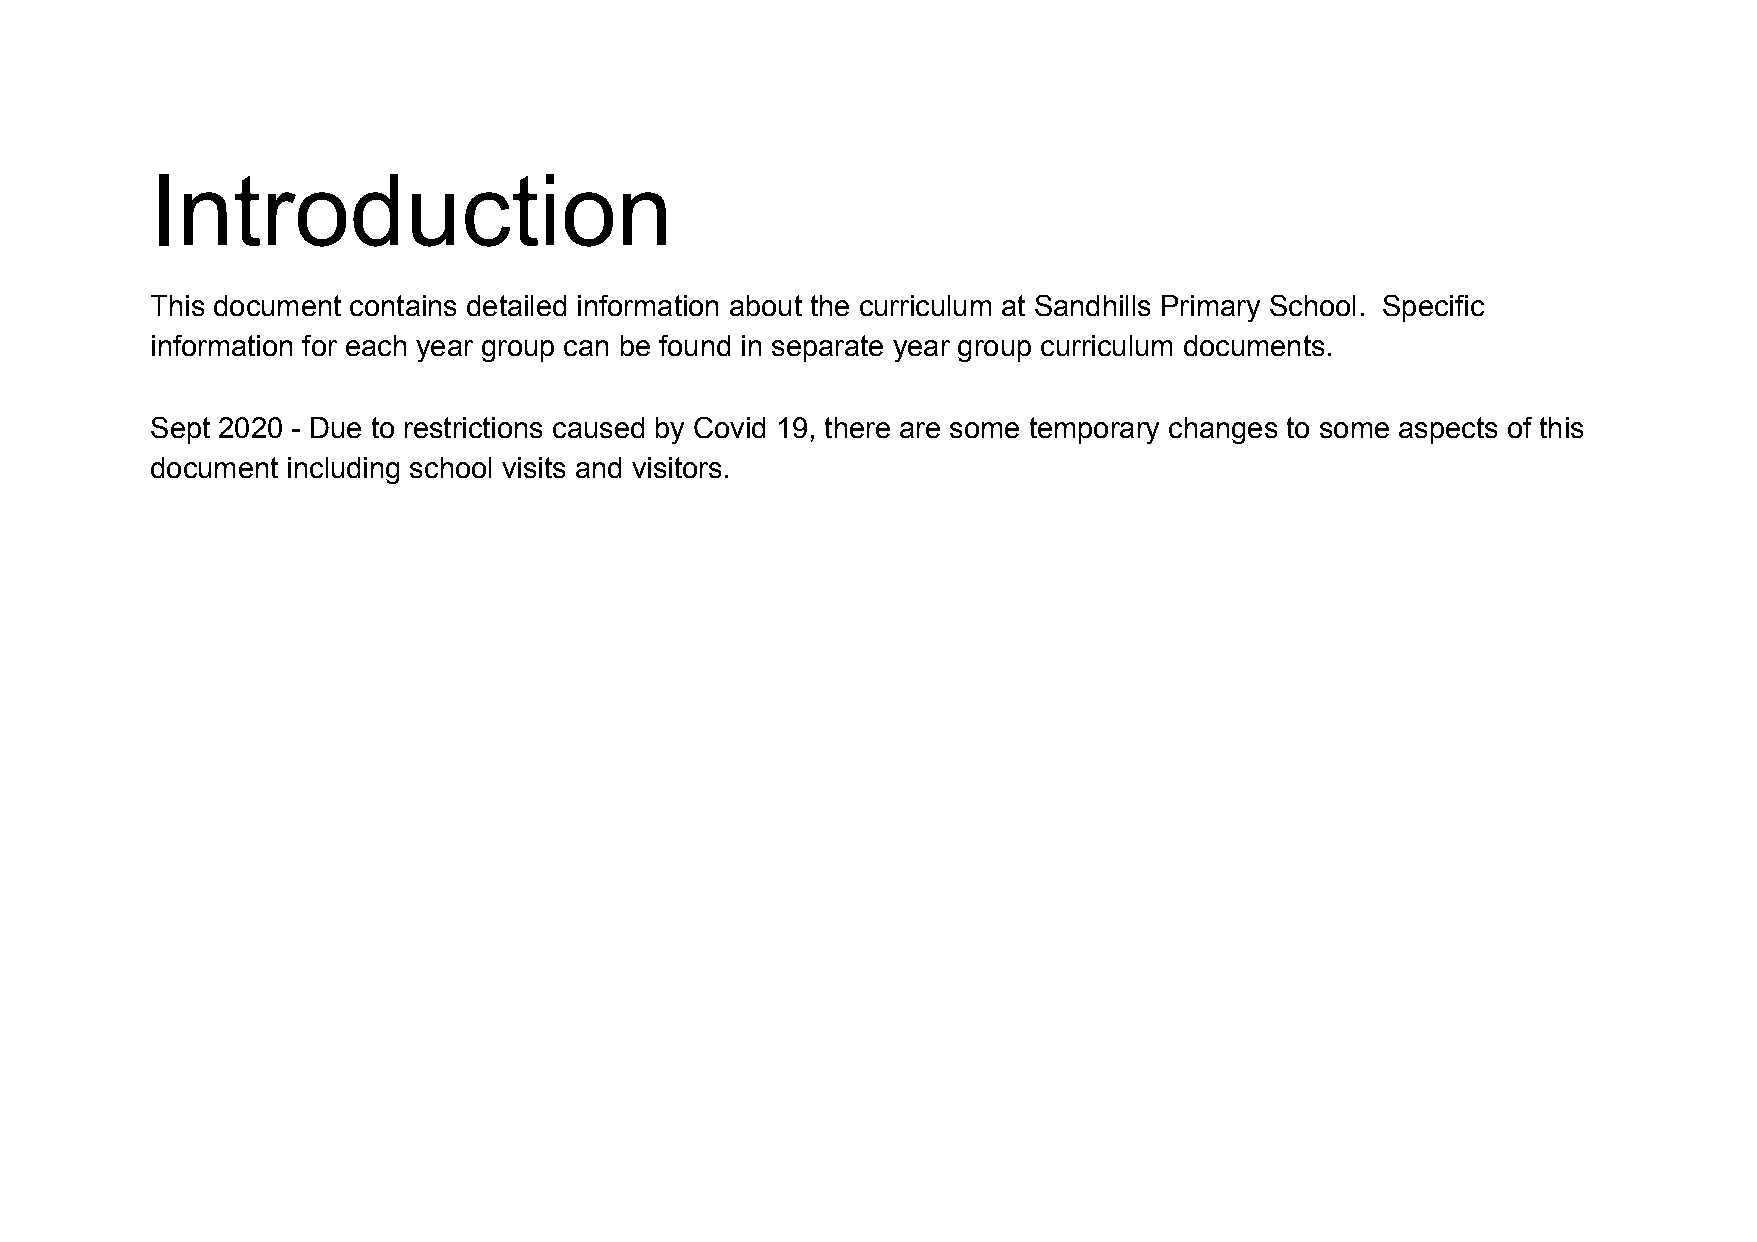
Introduction
 This document contains detailed information about the curriculum at Sandhills Primary School. Specific
 information for each year group can be found in separate year group curriculum documents.
 Sept 2020 - Due to restrictions caused by Covid 19, there are some temporary changes to some aspects of this
 document including school visits and visitors.